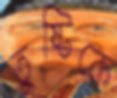
তুষ্টিকে